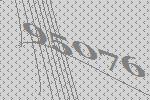
95076